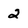
Character: 2